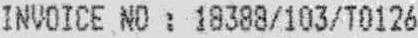
INVOICE NO : 18388/103/T0126